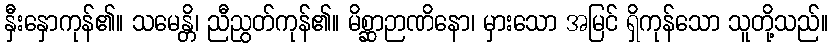
နှီးနှောကုန်၏။ သမေန္တိ၊ ညီညွတ်ကုန်၏။ မိစ္ဆာဉာဏိနော၊ မှားသော အမြင် ရှိကုန်သော သူတို့သည်။